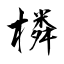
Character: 橉